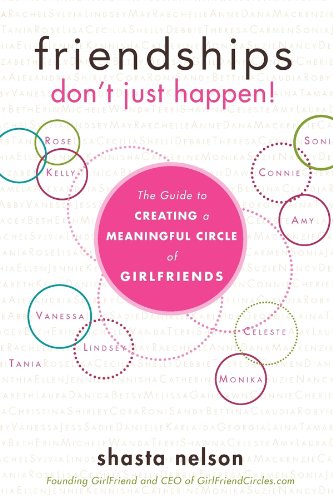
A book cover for Friendships Don't Just Happen!: The Guide to Creating a Meaningful Circle of GirlFriends; Shasta Nelson; Self-Help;